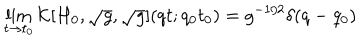
\lim _ { t \rightarrow t _ { 0 } } { \cal K } [ H _ { 0 } , \sqrt { g } , \sqrt { g } ] ( q t ; q _ { 0 } t _ { 0 } ) = g ^ { - 1 / 2 } \delta ( q - q _ { 0 } )